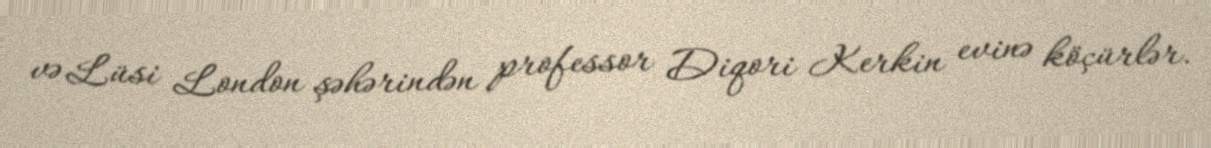
və Lüsi London şəhərindən professor Diqori Kerkin evinə köçürlər.